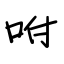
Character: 咐